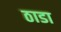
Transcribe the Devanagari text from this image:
ठाडा